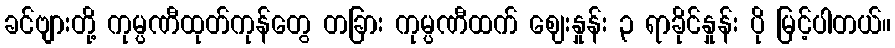
ခင်ဗျားတို့ ကုမ္ပဏီထုတ်ကုန်တွေ တခြား ကုမ္ပဏီထက် ဈေးနှုန်း ၃ ရာခိုင်နှုန်း ပို မြင့်ပါတယ်။